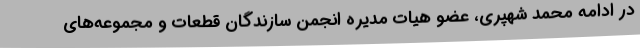
در ادامه محمد شهپری، عضو هیات مدیره انجمن سازندگان قطعات و مجموعه‌های